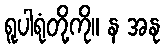
ရူပါရုံတို့ကို။ န အနု